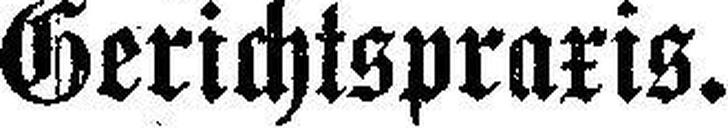
Gerichtspraxis.